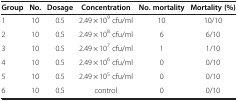
<table><thead><tr><td><b>Group</b></td><td><b>No.</b></td><td><b>Dosage</b></td><td><b>Concentration</b></td><td><b>No. mortality</b></td><td><b>Mortality (%)</b></td></tr></thead><tbody><tr><td>1</td><td>10</td><td>0.5</td><td>2.49 × 10<sup>9</sup> cfu/ml</td><td>10</td><td>10/10</td></tr><tr><td>2</td><td>10</td><td>0.5</td><td>2.49 × 10<sup>8</sup> cfu/ml</td><td>6</td><td>6/10</td></tr><tr><td>3</td><td>10</td><td>0.5</td><td>2.49 × 10<sup>7</sup> cfu/ml</td><td>1</td><td>1/10</td></tr><tr><td>4</td><td>10</td><td>0.5</td><td>2.49 × 10<sup>6</sup> cfu/ml</td><td>0</td><td>0/10</td></tr><tr><td>5</td><td>10</td><td>0.5</td><td>2.49 × 10<sup>5</sup> cfu/ml</td><td>0</td><td>0/10</td></tr><tr><td>6</td><td>10</td><td>0.5</td><td>control</td><td>0</td><td>0/10</td></tr></tbody></table>